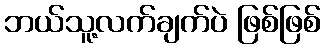
ဘယ်သူ့လက်ချက်ပဲ ဖြစ်ဖြစ်